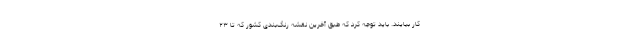
کار بیایند. باید توجه کرد که طبق آخرین نقشه رنگ‌بندی کشور که تا ۲۳